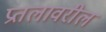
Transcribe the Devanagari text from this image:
प्रतलावरील